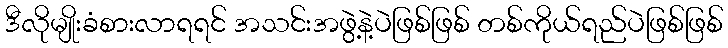
ဒီလိုမျိုးခံစားလာရရင် အသင်းအဖွဲ့နဲ့ပဲဖြစ်ဖြစ် တစ်ကိုယ်ရည်ပဲဖြစ်ဖြစ်